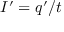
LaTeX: I ^ { \prime } = q ^ { \prime } / t